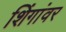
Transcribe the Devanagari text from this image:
शिंगांवर